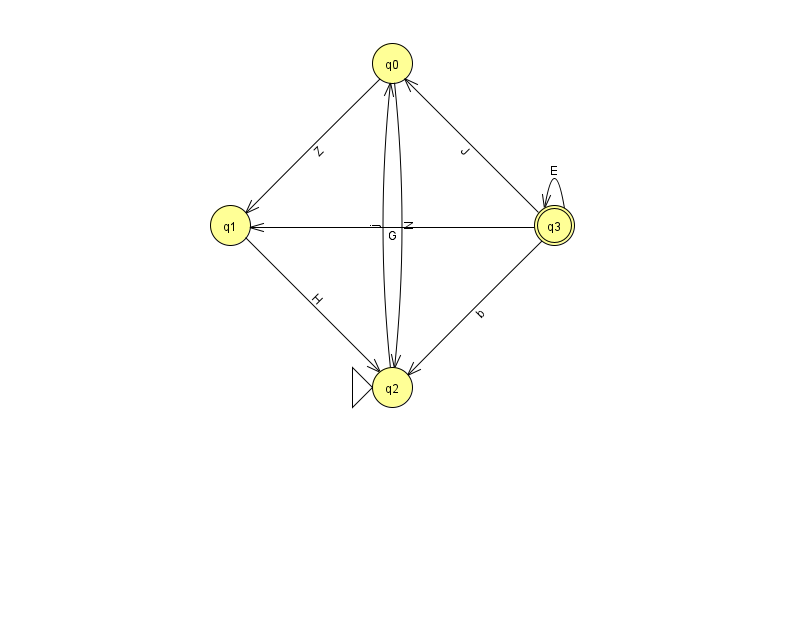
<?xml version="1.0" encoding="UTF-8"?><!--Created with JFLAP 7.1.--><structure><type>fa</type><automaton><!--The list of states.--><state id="0" name="q0"><x>392.0</x><y>50.0</y></state><state id="1" name="q1"><x>230.0</x><y>212.0</y></state><state id="2" name="q2"><x>392.0</x><y>374.0</y><initial/></state><state id="3" name="q3"><x>554.0</x><y>212.0</y><final/></state><!--The list of transitions.--><transition><from>1</from><to>2</to><read>H</read></transition><transition><from>0</from><to>1</to><read>Z</read></transition><transition><from>3</from><to>1</to><read>G</read></transition><transition><from>3</from><to>3</to><read>E</read></transition><transition><from>3</from><to>0</to><read>J</read></transition><transition><from>2</from><to>0</to><read>j</read></transition><transition><from>3</from><to>2</to><read>b</read></transition><transition><from>0</from><to>2</to><read>N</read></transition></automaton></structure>